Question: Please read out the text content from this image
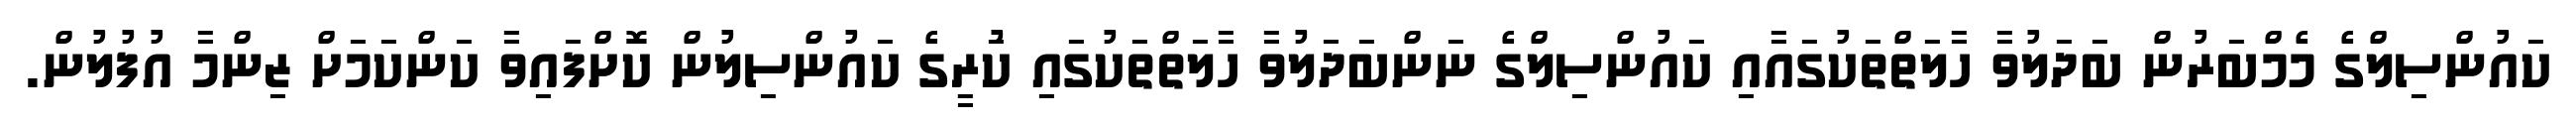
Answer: ކައުންސިލްގެ މެމްބަރުން ބަދަލުވާ ހާލަތްތަކުގައާއި ކައުންސިލްގެ ނަންބަދަލުވާ ހާލަތްތަކުގައި ކަުރީގެ ކައުންސިލުން ކޮށްފައިވާ ކަންކަމަށް ޒިންމާ އުފުލުން.